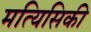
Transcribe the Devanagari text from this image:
मत्यिसिकी